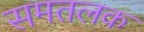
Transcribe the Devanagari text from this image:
समतलक